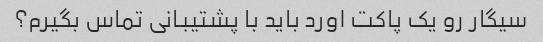
سیگار رو یک پاکت اورد باید با پشتیبانی تماس بگیرم؟